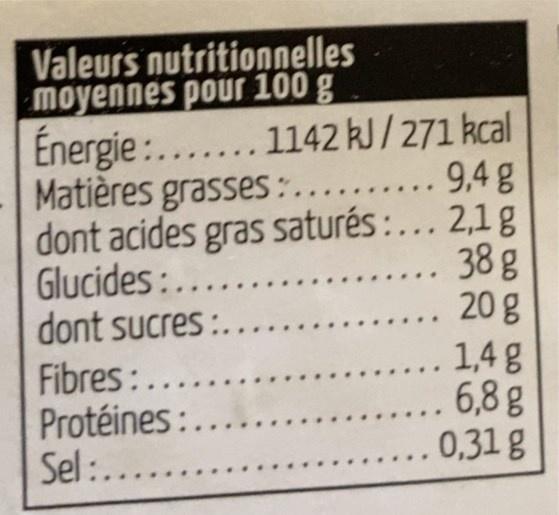
Valeurs nutritionnelles moyennes pour 100 g Energie:....... 1142 kJ/ 271 kcal Matières grasses:.......... 9,4 g dont acides gras saturés : ... 2,1 g Glucides:..... dont sucres :. Fibres:...... Protéines:.... Sel :.....
.. 38 g 20 g 1,4 g .. 6,8 g 0,31 g